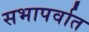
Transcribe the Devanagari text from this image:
सभापर्वात